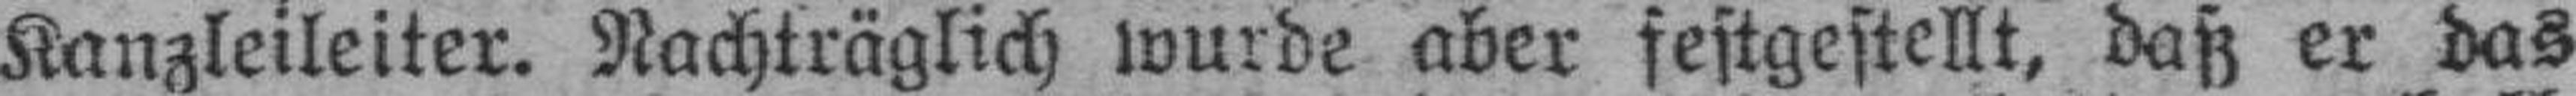
Kanzleileiter. Nachträglich wurde aber festgestellt, daß er das